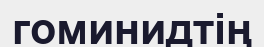
гоминидтің